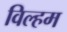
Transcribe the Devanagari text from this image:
विल्‍हम